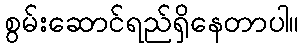
စွမ်းဆောင်ရည်ရှိနေတာပါ။